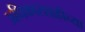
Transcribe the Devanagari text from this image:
अधिकारशाहीच्या